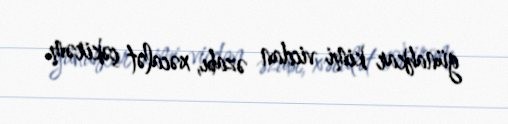
günahkar kimi vicdan əzabı, xəcalət çəkirəm.